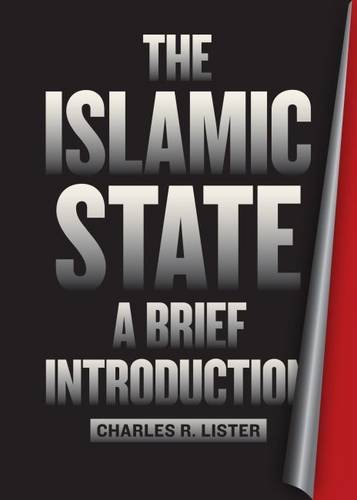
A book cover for The Islamic State: A Brief Introduction; Charles R. Lister; History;